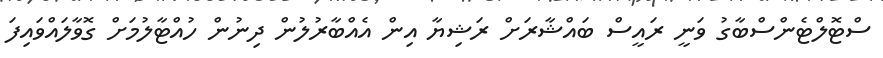
ސްޓޮލްޓެންސްބާގު ވަނީ ރައީސް ބައްޝާރަށް ރަޝިޔާ އިން އެއްބާރުލުން ދިނުން ހުއްޓާލުމަށް ގޮވާލައްވައިފަ